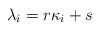
LaTeX: \begin{align*}\lambda_i = r \kappa_i + s\end{align*}